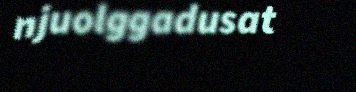
njuolggadusat